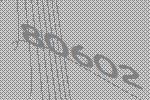
80602